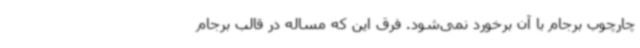
چارچوب برجام با آن برخورد نمی‌شود. فرق این که مساله در قالب برجام